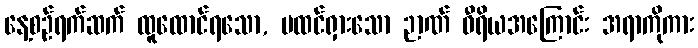
နေ့စဉ်ရက်ဆက် ထူထောင်ရသော, မထင်ရှားသော ဉာဏ် ဝီရိယအကြောင်း အရာကိုကား